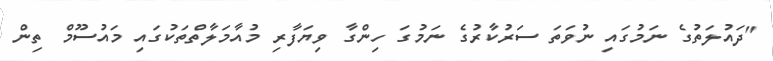
"ދައުލަތުގެ ނަމުގައި ނުވަތަ ސަރުކާރުގެ ނަމުގަ ހިންގާ ވިޔަފާރި މުއާމަލާތްތަކުގައި މައުސޫމް ތިން